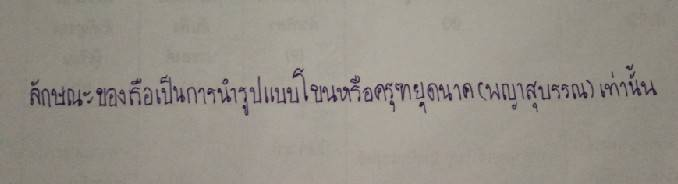
ลักษณะของเรือเป็นการนำรูปแบบโขนเรือครุฑยุดนาค(พญาสุบรรณ)เท่านั้น